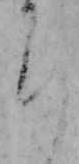
ち